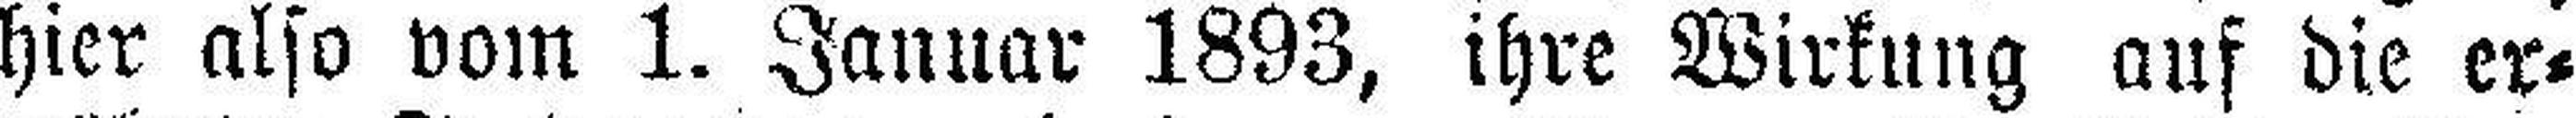
hier also vom 1. Januar 1893, ihre Wirkung auf die er¬